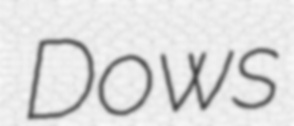
Dows